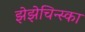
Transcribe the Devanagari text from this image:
झेझेचिन्स्का